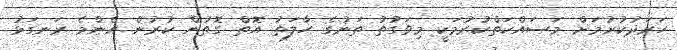
ހަރަދުކުރުމަށް މަސައްކަތްކުރުމަކީ މިވަގުތު ތަނުގެ ހާލަތު އޮތް ގޮތުން ކުރުން އެންމެ ރަނގަޅު